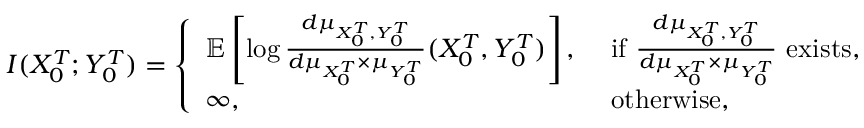
I ( X _ { 0 } ^ { T } ; Y _ { 0 } ^ { T } ) = \left\{ \begin{array} { l l } { { \mathbb { E } } \left[ \log \frac { d \mu _ { X _ { 0 } ^ { T } , Y _ { 0 } ^ { T } } } { d \mu _ { X _ { 0 } ^ { T } } \times \mu _ { Y _ { 0 } ^ { T } } } ( X _ { 0 } ^ { T } , Y _ { 0 } ^ { T } ) \right] , } & { \mathrm { ~ i f ~ } \frac { d \mu _ { X _ { 0 } ^ { T } , { Y _ { 0 } ^ { T } } } } { d \mu _ { X _ { 0 } ^ { T } } \times \mu _ { Y _ { 0 } ^ { T } } } \mathrm { ~ e x i s t s } , } \\ { \infty , } & { \mathrm { ~ o t h e r w i s e } , } \end{array} \right.